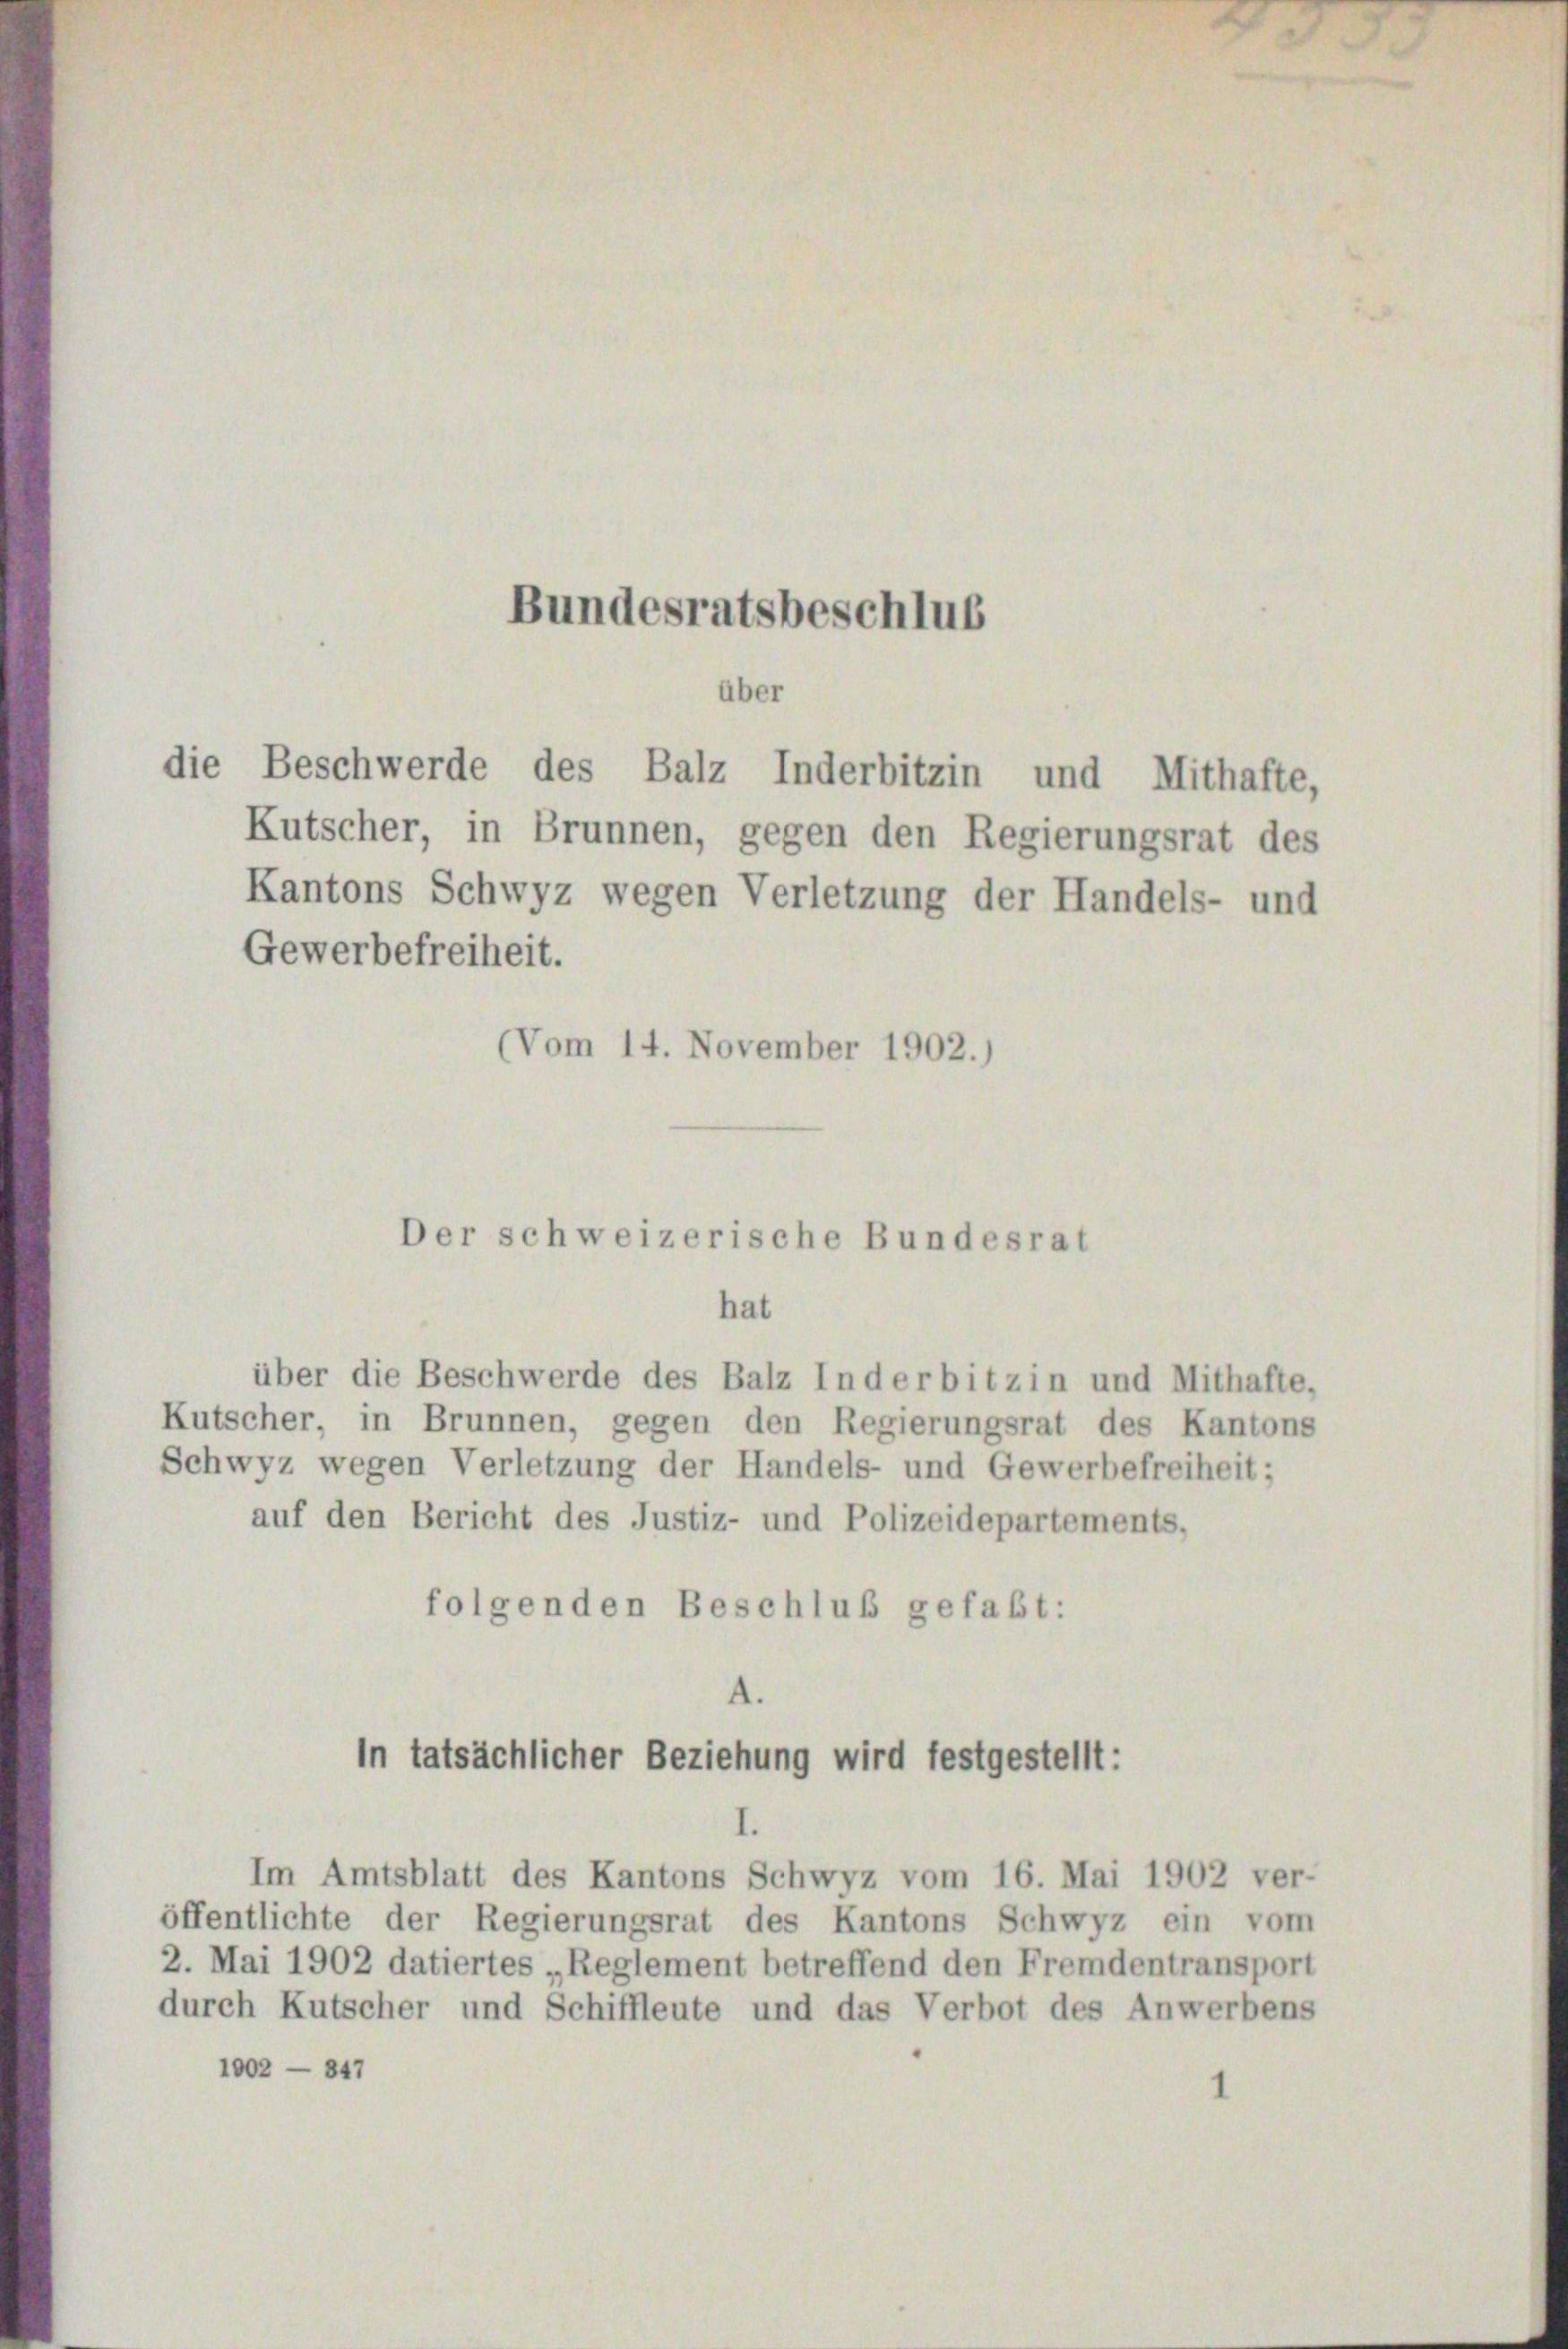
Bundesratsbeschlus
über
die Beschwerde des Balz Inderbitzin und Mithafte,

Kutscher, in Brunnen, gegen den Regierungsrat des
Kantons Schwyz wegen Verletzung der Handels- und
Gewerbefreiheit.
(Vom 14. November 1902.)

über die Beschwerde des Balz Inderbitzin und Mithafte,
Kutscher, in Brunnen, gegen den Regierungsrat des Kantons
Schwyz wegen Verletzung der Handels- und Gewerbefreiheit;
auf den Bericht des Justiz- und Polizeidepartements,
folgenden Beschluß gefaßt:
4.

Der schweizerische Bundesrat
hat

In tatsächlicher Beziehung wird festgestellt:

Im Amtsblatt des Kantons Schwyz vom 16. Mai 1902 ver-
öffentlichte der Regierungsrat des Kantons Schwyz ein vom
2. Mai 1902 datiertes „Reglement betreffend den Fremdentransport
durch Kutscher und Schiffleute und das Verbot des Anwerbens
1002 — 847